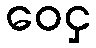
ဝေငှ